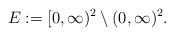
\begin{align*}E:=[0,\infty)^2\setminus (0,\infty)^2.\end{align*}